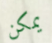
يمكن